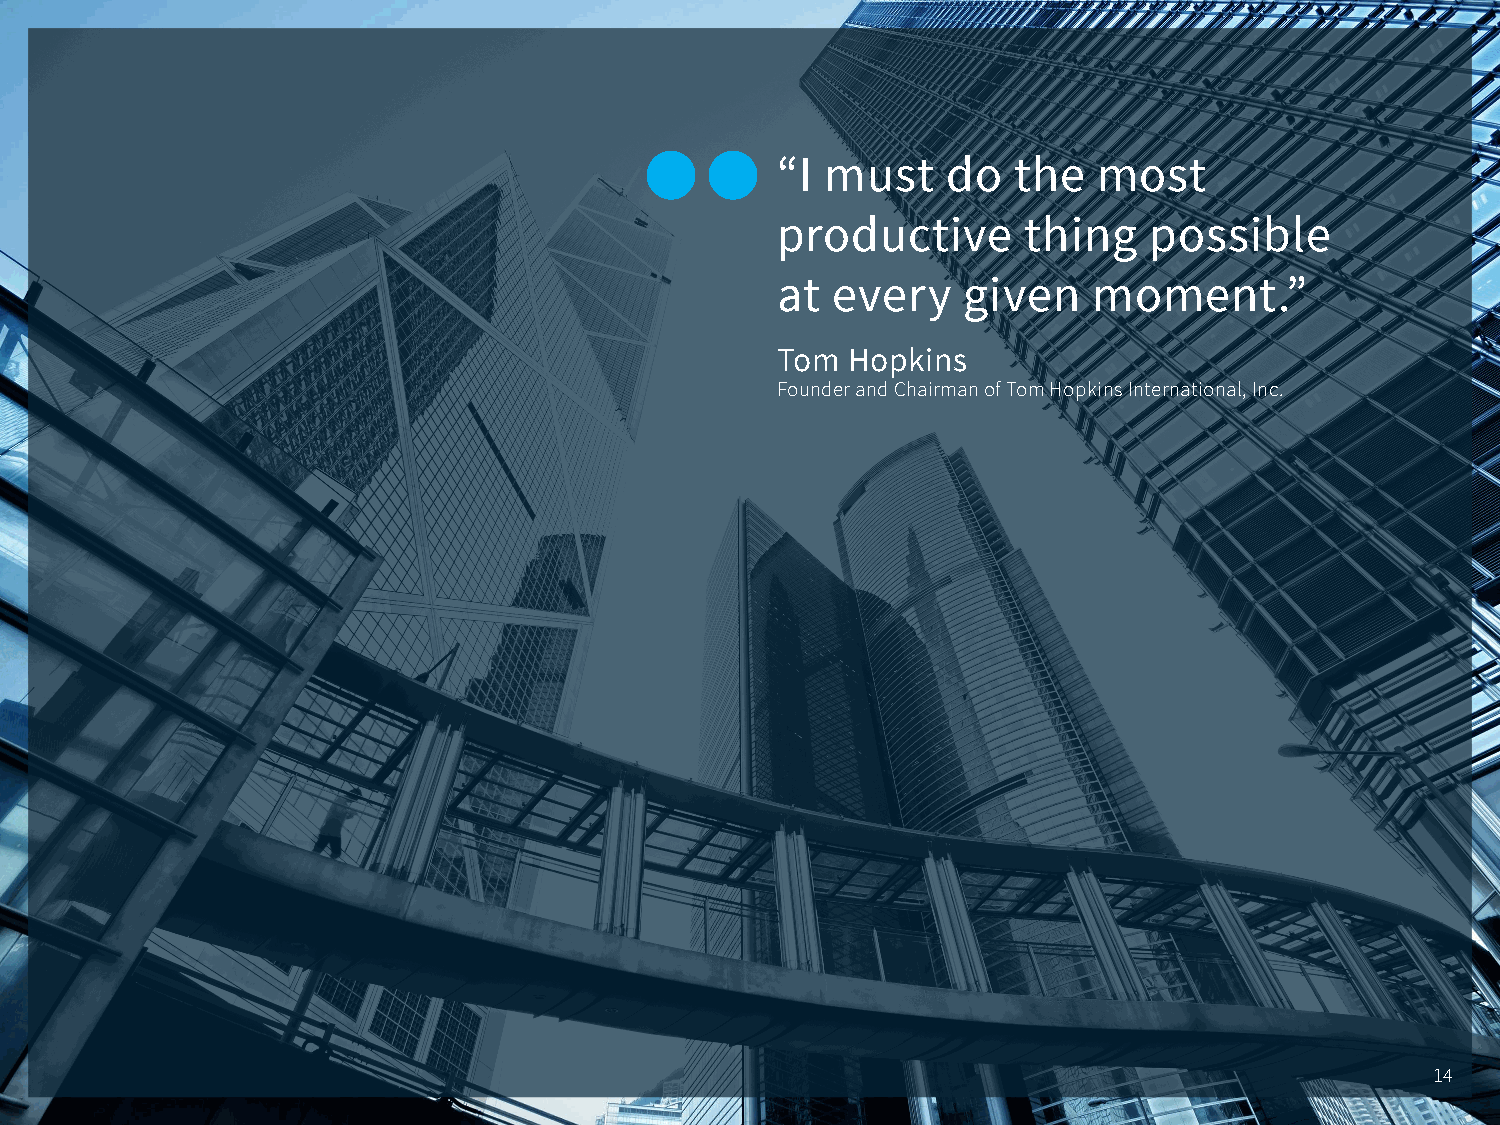
“I  must    do  the   most
 productive       thing   possible
 at  every    given   moment.”
 Tom  Hopkins
 Founder and Chairman of Tom Hopkins International, Inc.
 14